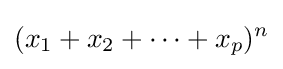
(x_{1}+x_{2}+\dots +x_{p})^{n}